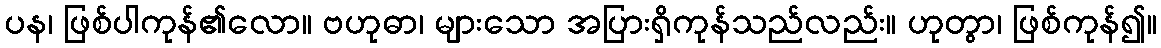
ပန၊ ဖြစ်ပါကုန်၏လော။ ဗဟုဓာ၊ များသော အပြားရှိကုန်သည်လည်း။ ဟုတွာ၊ ဖြစ်ကုန်၍။